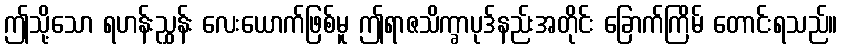
ဤသို့သော ရဟန်းညွှန်း လေးယောက်ဖြစ်မူ ဤရာဇသိက္ခာပုဒ်နည်းအတိုင်း ခြောက်ကြိမ် တောင်းရသည်။